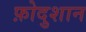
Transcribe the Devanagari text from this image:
फ़ोदुशान